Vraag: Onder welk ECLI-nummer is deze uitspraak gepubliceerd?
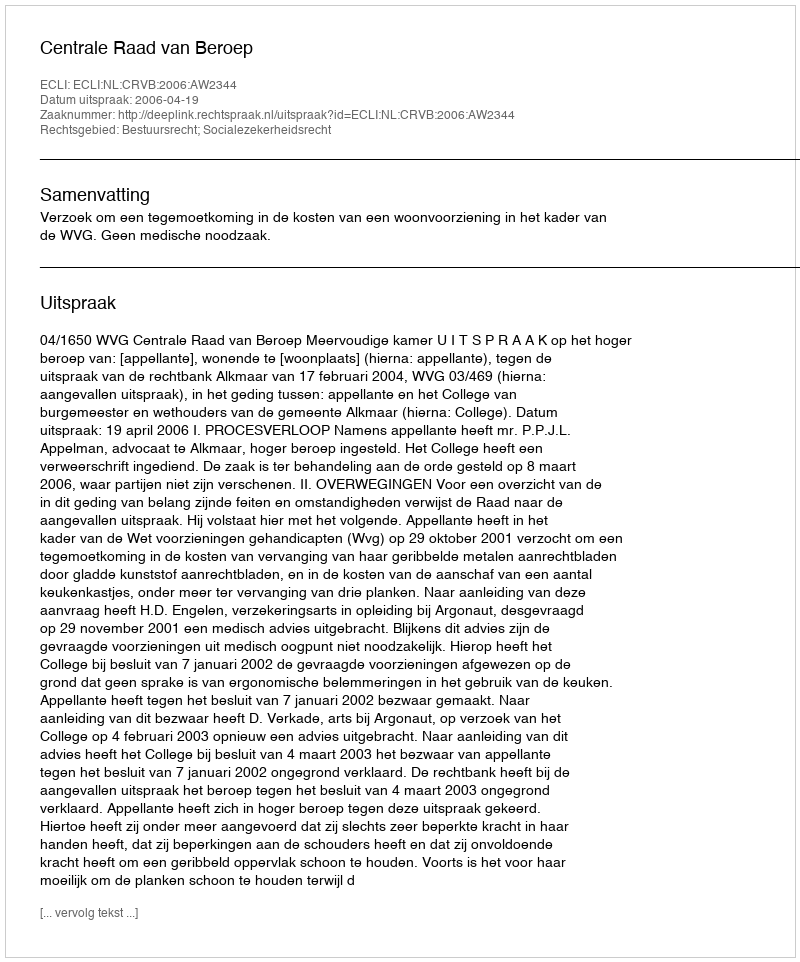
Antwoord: ECLI:NL:CRVB:2006:AW2344